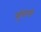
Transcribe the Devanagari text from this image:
सुंडानी